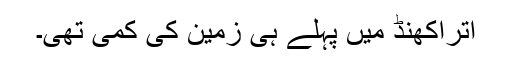
اتراکھنڈ میں پہلے ہی زمین کی کمی تھی۔